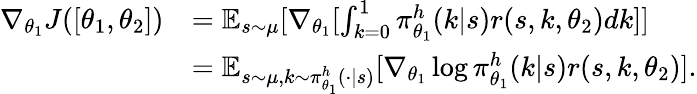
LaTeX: \begin{array}{rl}{\nabla_{\theta_{1}}J(\left[\theta_{1},\theta_{2}\right])}&{=\mathbb{E}_{s\sim\mu}[\nabla_{\theta_{1}}[\int_{k=0}^{1}\pi_{\theta_{1}}^{h}(k|s)r(s,k,\theta_{2})dk]]}\\ &{=\mathbb{E}_{s\sim\mu,k\sim\pi_{\theta_{1}}^{h}(\cdot|s)}[\nabla_{\theta_{1}}\log\pi_{\theta_{1}}^{h}(k|s)r(s,k,\theta_{2})].}\end{array}